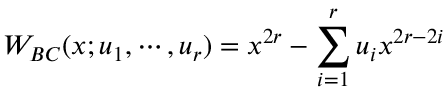
W _ { B C } ( x ; u _ { 1 } , \cdots , u _ { r } ) = x ^ { 2 r } - \sum _ { i = 1 } ^ { r } u _ { i } x ^ { 2 r - 2 i }